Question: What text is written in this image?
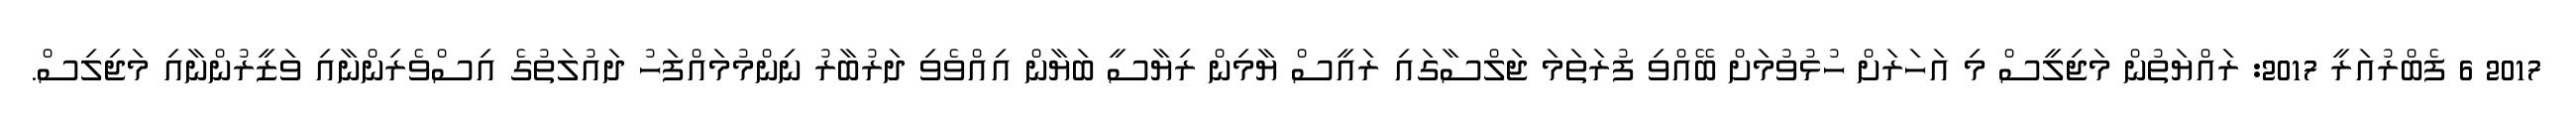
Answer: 2017 6 ފެބްރުއަރީ 2017: ރައްޔަތުން މަޖިލީސް މި އަހަރަށް ހުޅުވުމަށް ބޭއްވި ފުރަތަމަ ޖަލްސާގައި ރައީސް ޔާމިން ރިޔާސީ ބަޔާން އިއްވެވި ދަރުބާރު ނިންމުމައްފަހު ދައުލަތުގެ އިސްވެރިންނާއި ވަޒީރުންނާއި މަޖިލިސް.